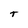
Character: T